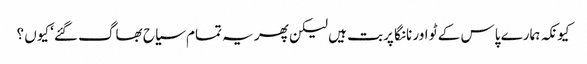
کیونکہ ہمارے پاس کے ٹو اور نانگا پربت ہیں لیکن پھر یہ تمام سیاح بھاگ گئے‘ کیوں ؟